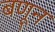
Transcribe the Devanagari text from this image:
बणून